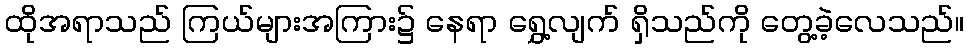
ထိုအရာသည် ကြယ်များအကြား၌ နေရာ ရွှေ့လျက် ရှိသည်ကို တွေ့ခဲ့လေသည်။